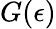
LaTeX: G(\epsilon)